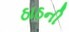
ઠાઠની